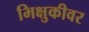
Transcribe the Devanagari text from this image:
भिक्षुकीवर